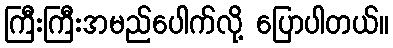
ကြီးကြီးအမည်ပေါက်လို့ ပြောပါတယ်။